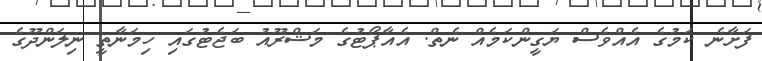
ފަށާނެ ކަމުގެ އެއްވެސް ޔަގީންކަމެއް ނެތް. އެއާޕޯޓުގެ މަޝްރޫއު ބަޖެޓުގައި ހިމަނާތީ ނިލަންދޫގެ